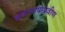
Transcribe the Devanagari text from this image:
व्रजभाषाप्रवीण